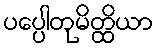
ပပ္ပေါတုမိတ္ထိယာ